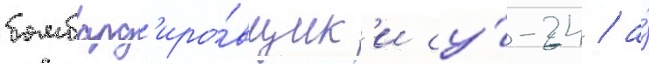
бомбард'иро́вщик'и су́-24 / а́